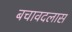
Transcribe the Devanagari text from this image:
बचावदलास